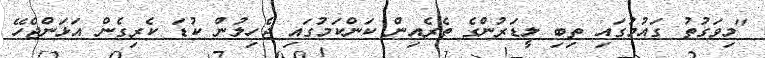
"މިވަގުތު ގައުމުގައި ތިބި ލީޑަރުންގެ ތެރެއިން ކަންކަމުގައި ޖެހިލުން ކުޑަ ކެރިގެން އަޅަންޖެހޭ